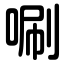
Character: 唰